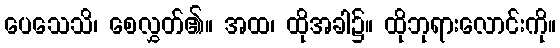
ပေသေသိ၊ စေလွှတ်၏။ အထ၊ ထိုအခါ၌။ ထိုဘုရားလောင်းကို။